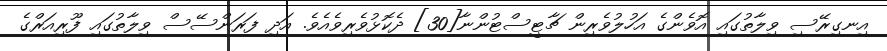
އިނގިރޭސި ވިލާތުގައި އޮވެންގެ އަހުލުވެރިން ޗާޓީސްޓުންނާ[30] ދެކޮޅުވެރިވެއެވެ. އަދި ފަރަންސޭސް ވިލާތުގައި ފޫރިއަރްގެ